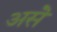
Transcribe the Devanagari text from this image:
असॆे